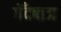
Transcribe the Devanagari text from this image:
गेँदबाज